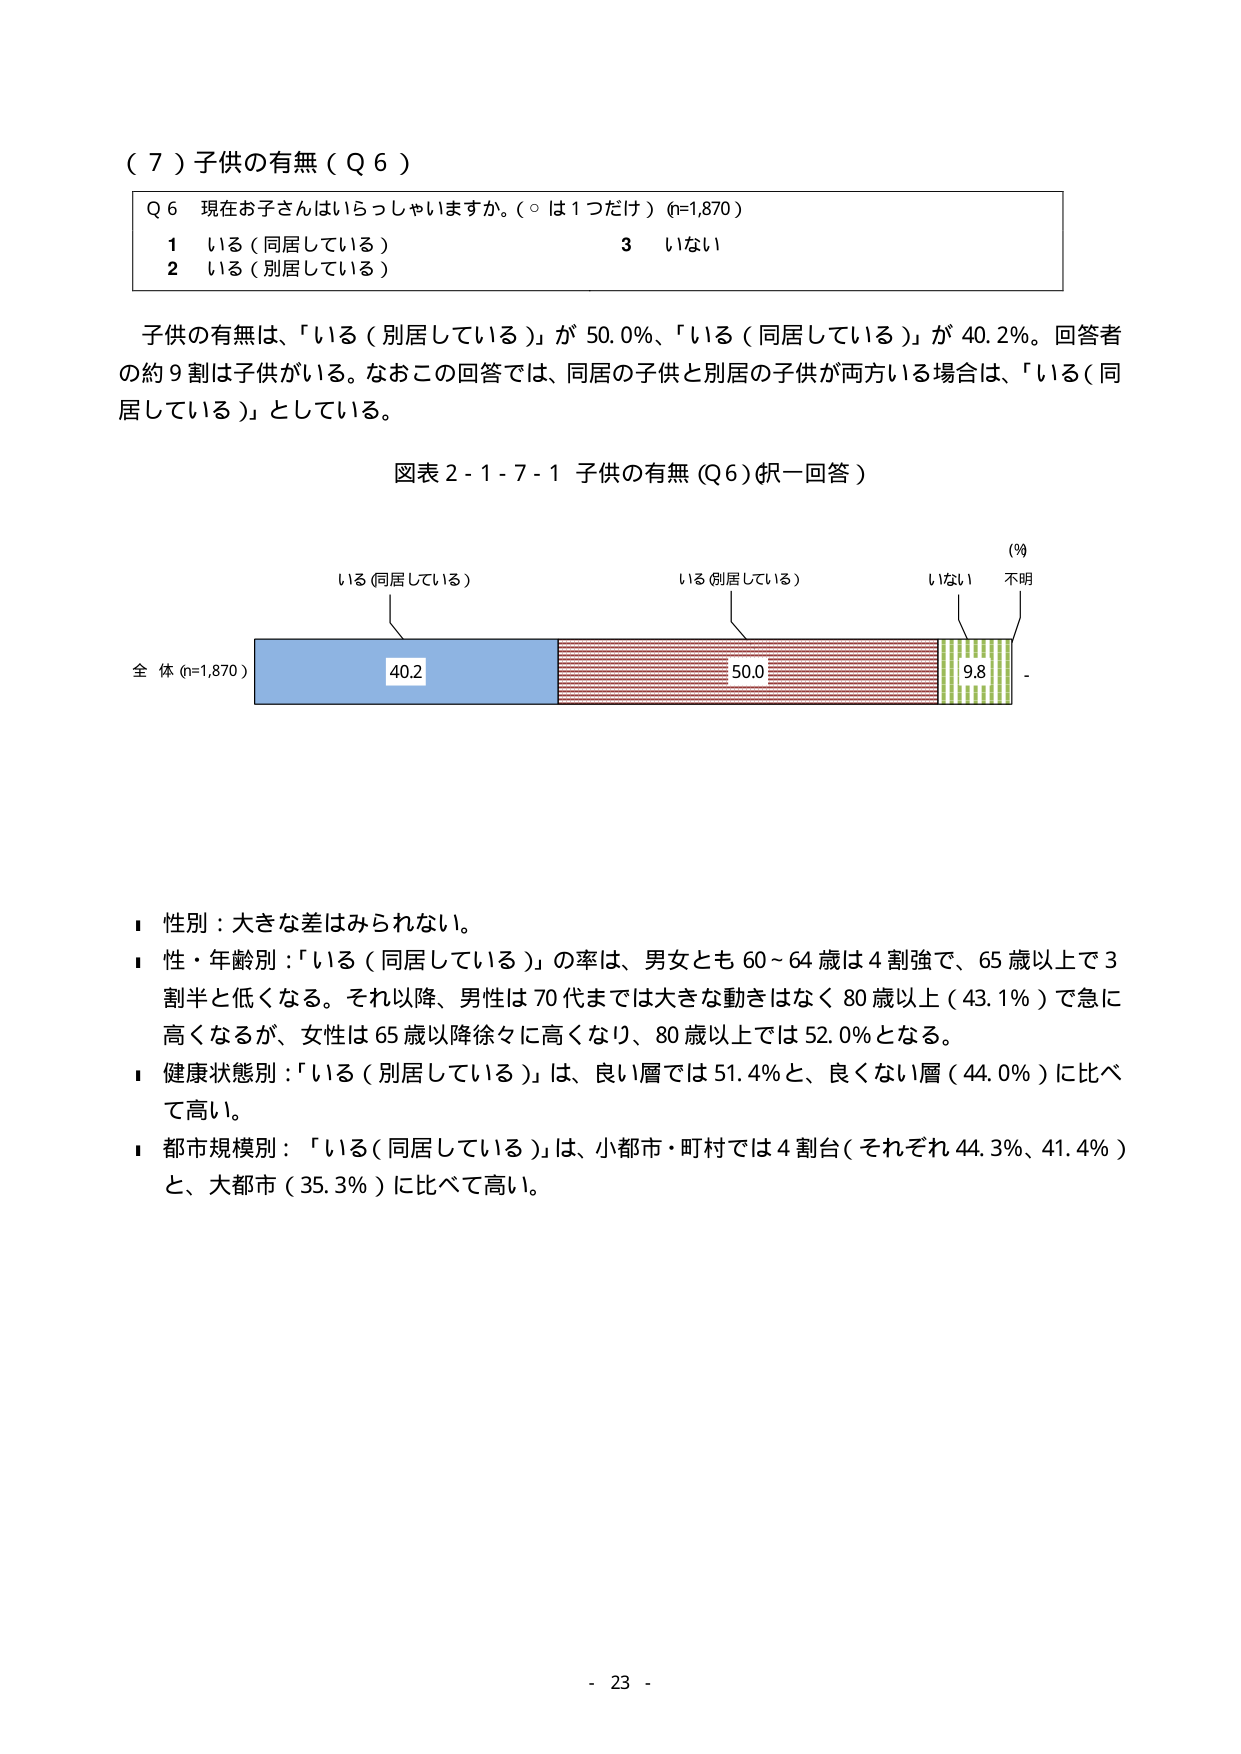
（７）子供の有無（Ｑ６）

Ｑ６ 現在お子さんはいらっしゃいますか。（○は１つだけ）(n=1,870)
１ いる（同居している）
２ いる（別居している）
３ いない

子供の有無は、「いる（別居している）」が 50.0％、「いる（同居している）」が 40.2％。回答者の約９割は子供がいる。なおこの回答では、同居の子供と別居の子供が両方いる場合は、「いる（同居している）」としている。

図表２-１-７-１ 子供の有無（Ｑ６）（択一回答）

（％）
いる（同居している）　　　　　　いる（別居している）　　　　　　いない　　　　　不明
　　　　　　　　　　　　　　　　　　　　　　　　　　　　　　　　　　　　　　　　　　-
全体（n=1,870）　　　　　　40.2　　　　　　　　　　　　50.0　　　　　　　　　　9.8　　　　　　-

■ 性別：大きな差はみられない。
■ 性・年齢別：「いる（同居している）」の率は、男女とも 60～64 歳は４割強で、65 歳以上で３割半と低くなる。それ以降、男性は 70 代までは大きな動きはなく 80 歳以上（43.1％）で急に高くなるが、女性は 65 歳以降徐々に高くなり、80 歳以上では 52.0％となる。
■ 健康状態別：「いる（別居している）」は、良い層では 51.4％と、良くない層（44.0％）に比べて高い。
■ 都市規模別：「いる（同居している）」は、小都市・町村では４割台（それぞれ 44.3％、41.4％）と、大都市（35.3％）に比べて高い。

- 23 -